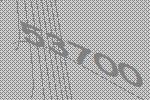
53700